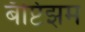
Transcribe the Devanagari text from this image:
बॅप्टिझम